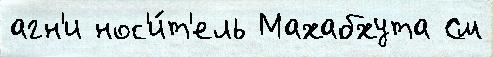
агн'и нос'и́т'ель Махабхута См